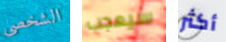
الشخصى سيعجب أكثر